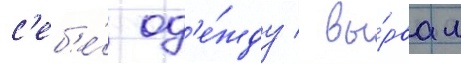
с'еб'е́ од'е́жду / вы́рвал